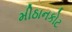
મીઠાનકોટ